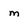
Character: m